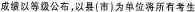
成绩以等级公布，以县(市)为单位将所有考生